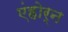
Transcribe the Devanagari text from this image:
एंहोर्न